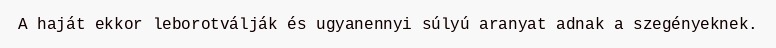
A haját ekkor leborotválják és ugyanennyi súlyú aranyat adnak a szegényeknek.